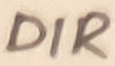
Text: DIR